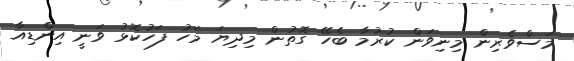
މަސްވެރިން މިނިވަން ކުރުމާ ބެހޭ ގޮތުން މިދިޔަ މަހު ފަހުކޮޅު ވަނީ އިންޑިއާ